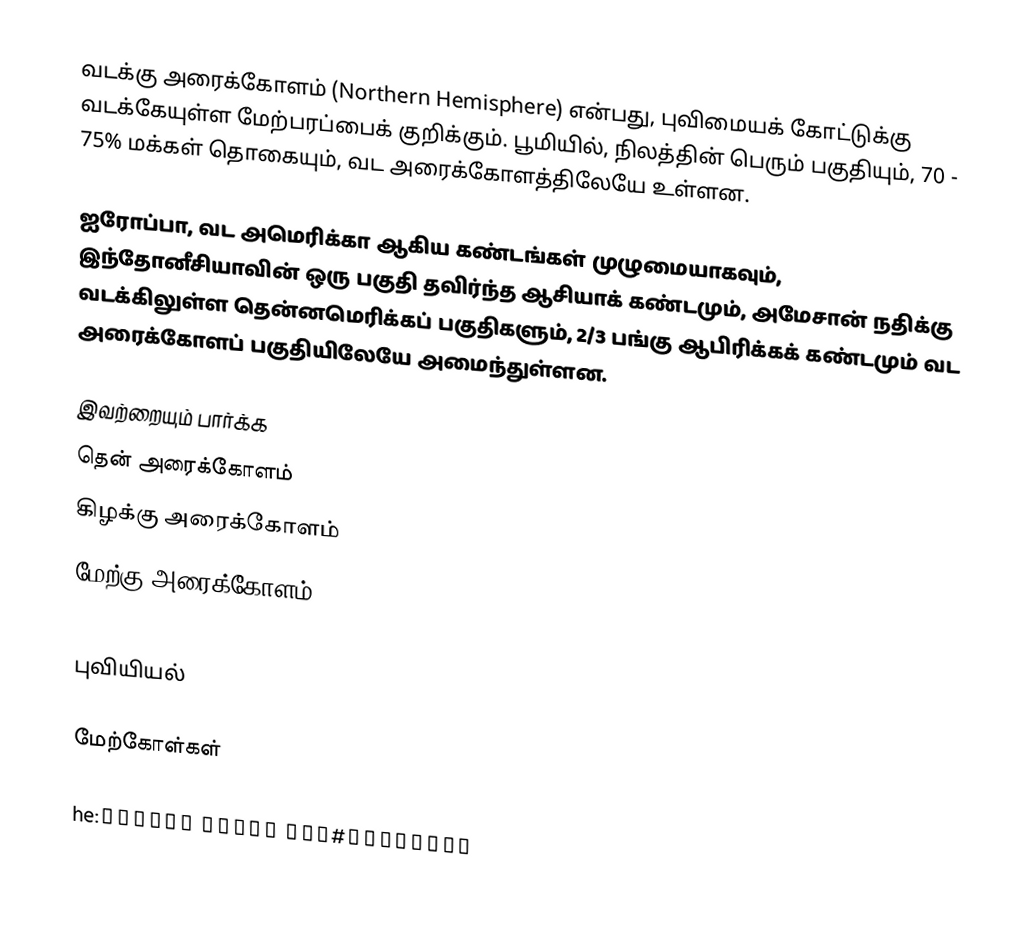
வடக்கு அரைக்கோளம் (Northern Hemisphere) என்பது, புவிமையக் கோட்டுக்கு வடக்கேயுள்ள மேற்பரப்பைக் குறிக்கும். பூமியில், நிலத்தின் பெரும் பகுதியும், 70 - 75% மக்கள் தொகையும், வட அரைக்கோளத்திலேயே உள்ளன.

ஐரோப்பா, வட அமெரிக்கா ஆகிய கண்டங்கள் முழுமையாகவும், இந்தோனீசியாவின் ஒரு பகுதி தவிர்ந்த ஆசியாக் கண்டமும், அமேசான் நதிக்கு வடக்கிலுள்ள தென்னமெரிக்கப் பகுதிகளும், 2/3 பங்கு ஆபிரிக்கக் கண்டமும் வட அரைக்கோளப் பகுதியிலேயே அமைந்துள்ளன.

இவற்றையும் பார்க்க
 தென் அரைக்கோளம்
 கிழக்கு அரைக்கோளம்
 மேற்கு அரைக்கோளம்

புவியியல்

மேற்கோள்கள்

he:המיספירה#חצי הכדור הצפוני